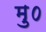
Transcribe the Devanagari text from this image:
मु०